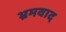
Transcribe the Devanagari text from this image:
भ्रमवाद